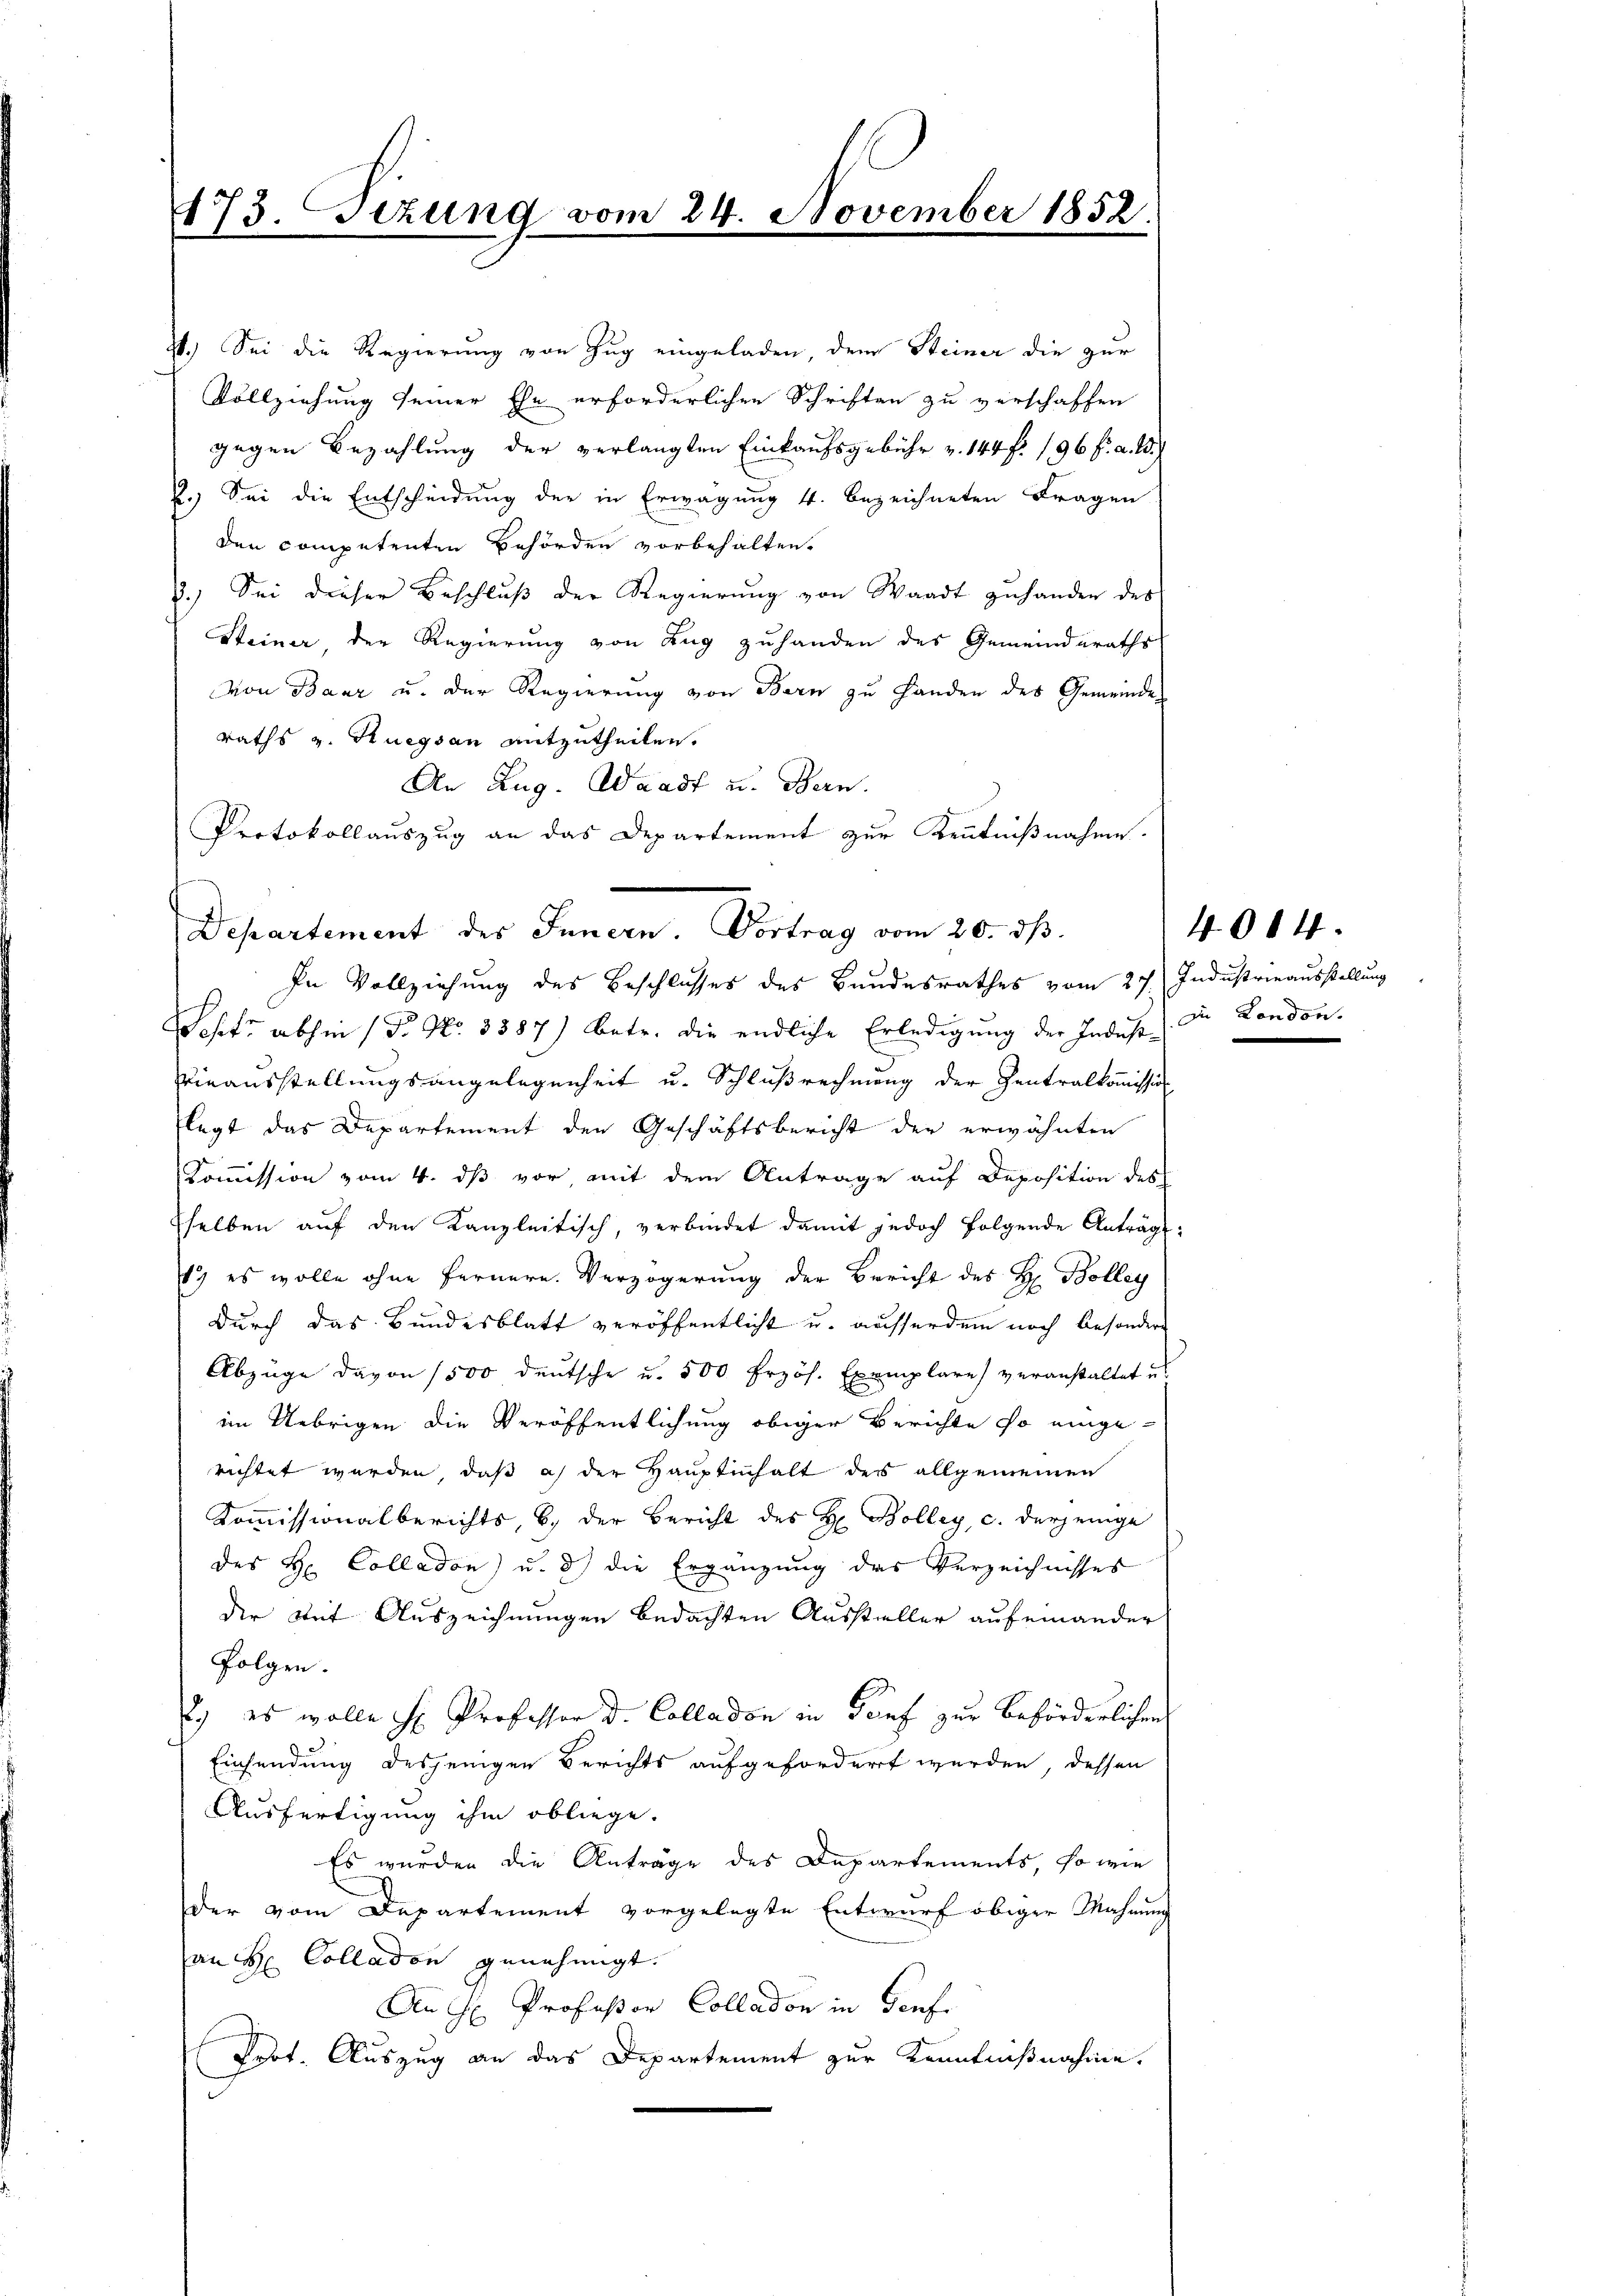
st.) Sei die Regierung von Zug eingeladen, dem Steiner die zur
Vollziehung seiner Ehe erforderlichen Schriften zu verschaffen
gegen Bezahlung der verlangten Einkaufsgebühr v. 144 f. 196 f. a. W.)
2.) Sei die Entscheidung der in Erwägung 4. bezeichneten Fragen
den competenten Behörden vorbehalten.
2.) Sei dieser Beschluß der Regierung von Waadt zuhanden des
Steiner der Regierung von Zug zuhanden des Gemeinderaths
von Baar u. der Regierung von Bern zu Handen des Gemeinde
raths u. Ruegsan mitzutheilen.
An Zug. Waadt u. Bern.
Protokollauszug an das Departement zur Kenntnißnahme.
In Vollziehung des Beschlusses des Bundesrathes vom 27. Industrieausstellung
Schts abhin (T. No. 3387) betr. die endliche Erledigung der Indest in London.
einausstellungsangelegenheit u. Schlußrechnung der Zentralkommission
legt das Departement den Geschäftsbericht der erwähnten
Kommission vom 4. ds vor, mit dem Antrage auf Deposition des
selben auf den Kanzleitisch, verbindet damit jedoch folgende Anträge:
1) es wolle ohne Fernern. Verzögerung der Bericht des H. Bolleg
durch das Bundesblatt veröffentlicht u. ausserdem noch besondere
Abzüge davon 1500 deutsche u. 500 frzöh. Exemplare veranstaltet i
im Uebrigen die Veröffentlichung obiger Berichte so einge-
richtet werden, daß ich der Hauptinhalt des allgemeinen
Kommissionalberichts, b. der Bericht des H. Bolley, c. derjenige
des H. Colladon) u. 8) die Ergänzung das Verzeichnisses
der mit Auszeichnungen bedachten Aussteller aufeinander
Folgen.
.) es wolle H. Professor D. Colladon in Genf zur Beförderlichen
Einsendung desjenigen Berichts aufgefordert werden, dessen
Ausfertigung ihm obliege.
Es wurden die Anträge des Departements, so wie
der vom Departement vorgelegte Entwurf obiger Mahnung
an H. Colladon genehmigt.
An H. Professor Colladon in Torf
Prot. Auszug an das Departement zur Kenntnißnahme.

173. Sezung vom 24. November 1852.

Departement des Innern. Vortrag vom 20. ds.

4084.